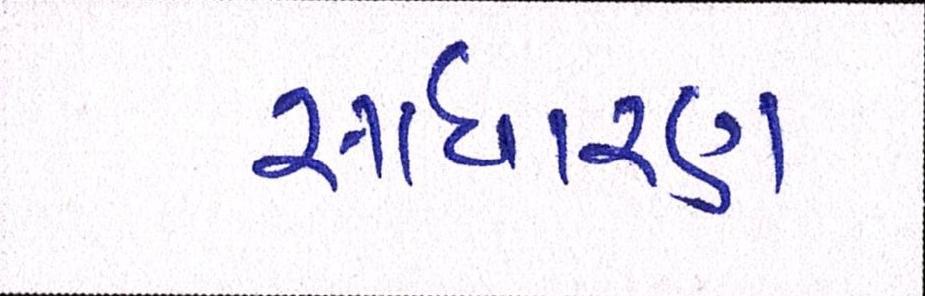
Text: સાધારણ